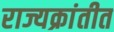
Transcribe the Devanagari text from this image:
राज्यक्रांतीत